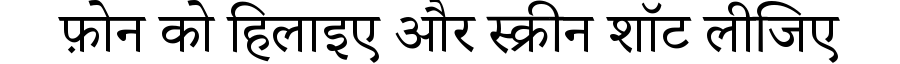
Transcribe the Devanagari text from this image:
फ़ोन को हिलाइए और स्क्रीन शॉट लीजिए